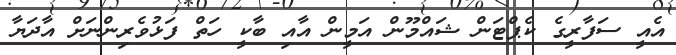
އެއީ ސަފާރީގެ ކެޕްޓަން ޝައްމޫން އަމީން އާއި ބާކީ ހަތް ފަޅުވެރިންނަށް އާދަޔާ